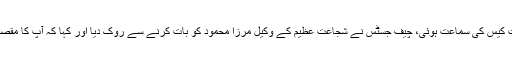
تفصیلات کے مطابق سپریم کورٹ میں چیف جسٹس ثاقب نثارکی سربراہی میں پی آئی اے اثاثہ جات کیس کی سماعت ہوئی، چیف جسٹس نے شجاعت عظیم کے وکیل مرزا محمود کو بات کرنے سے روک دیا اور کہا کہ آپ کا مقصد اپنی پوزیشن پبلک میں کلیئر کرانا ہے، میں آپ کو ایک سیکنڈ بات کرنے کی اجازت نہیں دوں گا۔